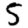
Digit: 5